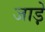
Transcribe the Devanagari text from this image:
जाड़े़